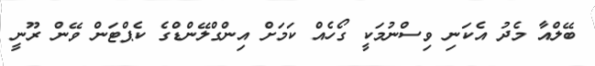
ބޭލްއާ މެދު އެކަނި ވިސްނުމަކީ ގޯހެއް ކަމަށް އިންގްލޭންޑްގެ ކެޕްޓަން ވޭން ރޫނީ